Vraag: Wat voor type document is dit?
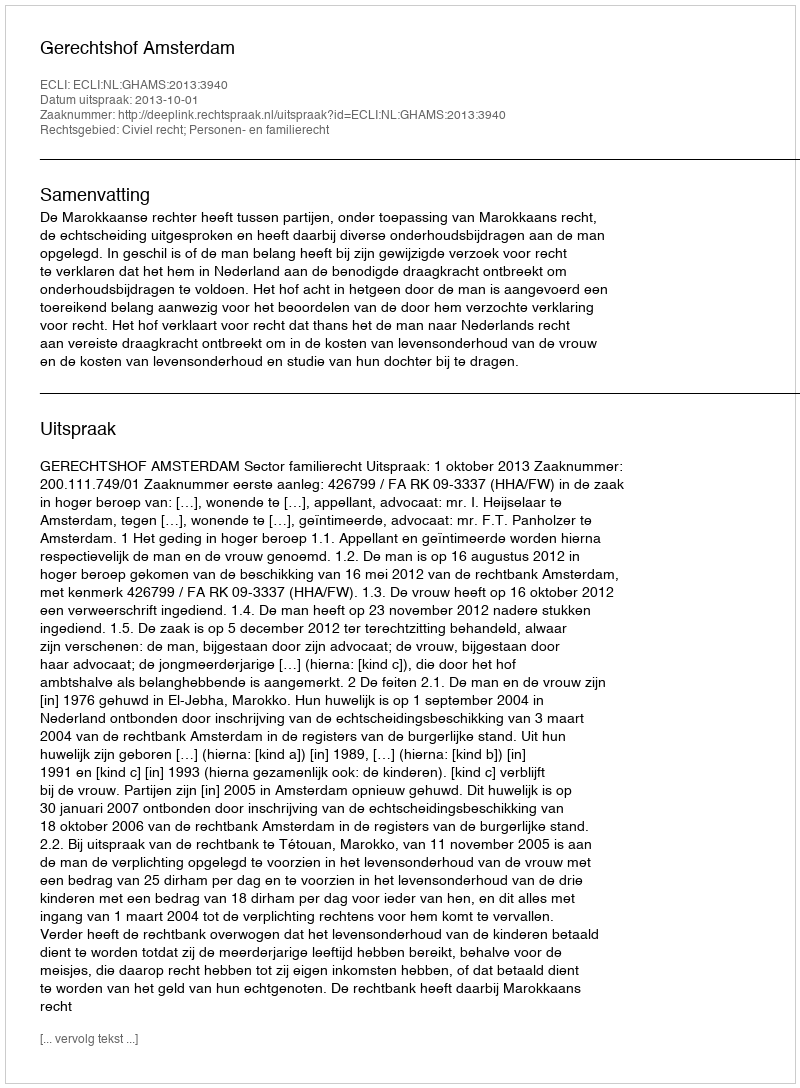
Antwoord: Uitspraak